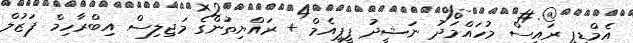
އެމްޑީޕީ ރައީސް މުހައްމަދު ނަޝީދު ޕީޕީއެމް + ރައްޔިތުންގެ މަޖިލިސް އިބްރާހިމް ފަޒުލް